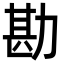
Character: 勘